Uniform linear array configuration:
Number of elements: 32
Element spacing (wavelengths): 1
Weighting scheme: kaiser
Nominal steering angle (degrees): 30
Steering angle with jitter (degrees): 28.266
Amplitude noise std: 0.05
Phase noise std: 0.05

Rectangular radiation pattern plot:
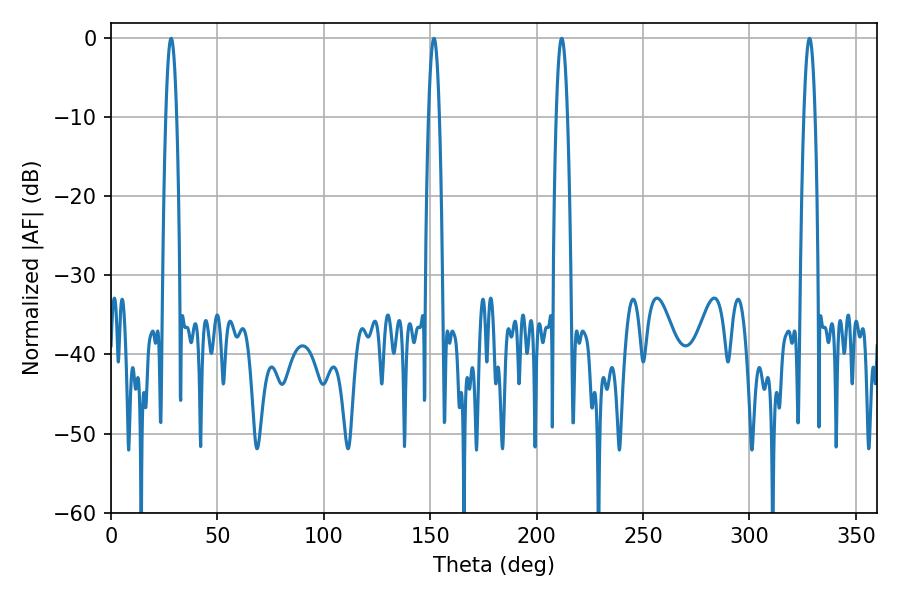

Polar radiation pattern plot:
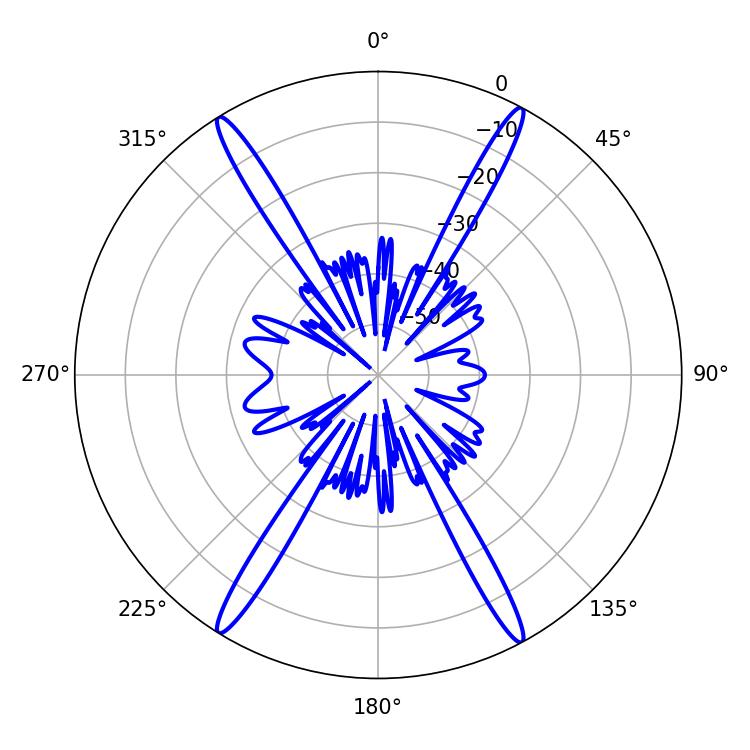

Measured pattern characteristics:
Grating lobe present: TRUE
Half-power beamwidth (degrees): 2.88
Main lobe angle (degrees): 28.26